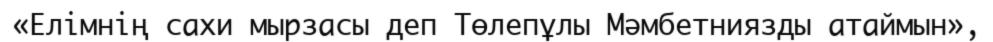
«Елімнің сахи мырзасы деп Төлепұлы Мәмбетниязды атаймын»,